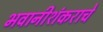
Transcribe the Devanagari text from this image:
भवानीशंकराचे